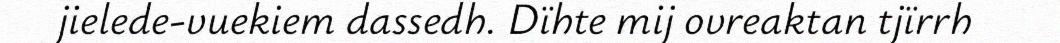
jielede-vuekiem dassedh. Dïhte mij ovreaktan tjïrrh